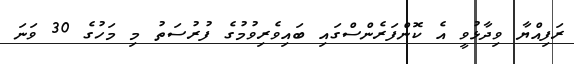
ރަފިއްޔާ ވިދާޅުވީ އެ ކޮންފަރެންސްގައި ބައިވެރިވުމުގެ ފުރުސަތު މި މަހުގެ 30 ވަނަ